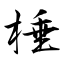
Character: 棰